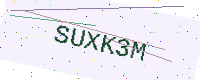
Text: SUXK3M